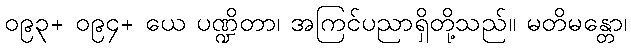
၀၉၃+ ၀၉၄+ ယေ ပဏ္ဍိတာ၊ အကြင်ပညာရှိတို့သည်။ မတိမန္တော၊